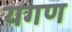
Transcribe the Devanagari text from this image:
यगण